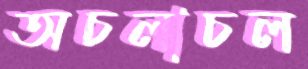
অচলাচল